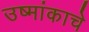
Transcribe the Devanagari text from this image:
उष्मांकाचे